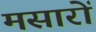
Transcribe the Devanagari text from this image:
मसारों